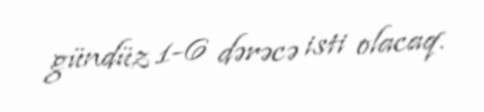
gündüz 1-6 dərəcə isti olacaq.